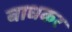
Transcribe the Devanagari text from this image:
बाधकर